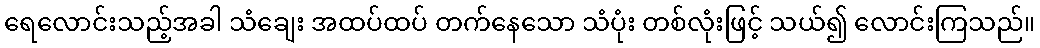
ရေလောင်းသည့်အခါ သံချေး အထပ်ထပ် တက်နေသော သံပုံး တစ်လုံးဖြင့် သယ်၍ လောင်းကြသည်။